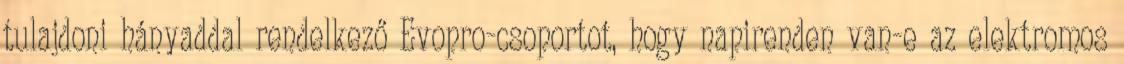
tulajdoni hányaddal rendelkező Evopro-csoportot, hogy napirenden van-e az elektromos